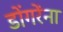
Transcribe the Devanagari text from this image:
डोंगरेंना